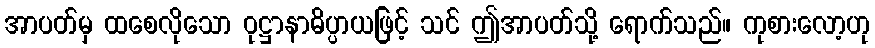
အာပတ်မှ ထစေလိုသော ဝုဋ္ဌာနာဓိပ္ပာယဖြင့် သင် ဤအာပတ်သို့ ရောက်သည်။ ကုစားလော့ဟု